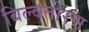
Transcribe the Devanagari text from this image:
बिल्वतोरण